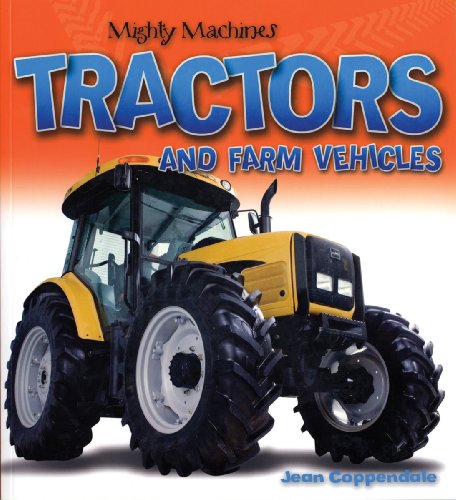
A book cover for Tractors and Farm Vehicles (Mighty Machines); Jean Coppendale; Children's Books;